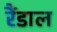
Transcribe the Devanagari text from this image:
रैंडाल